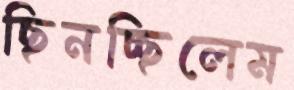
ছিনচ্ছিলেম